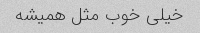
خیلی خوب مثل همیشه